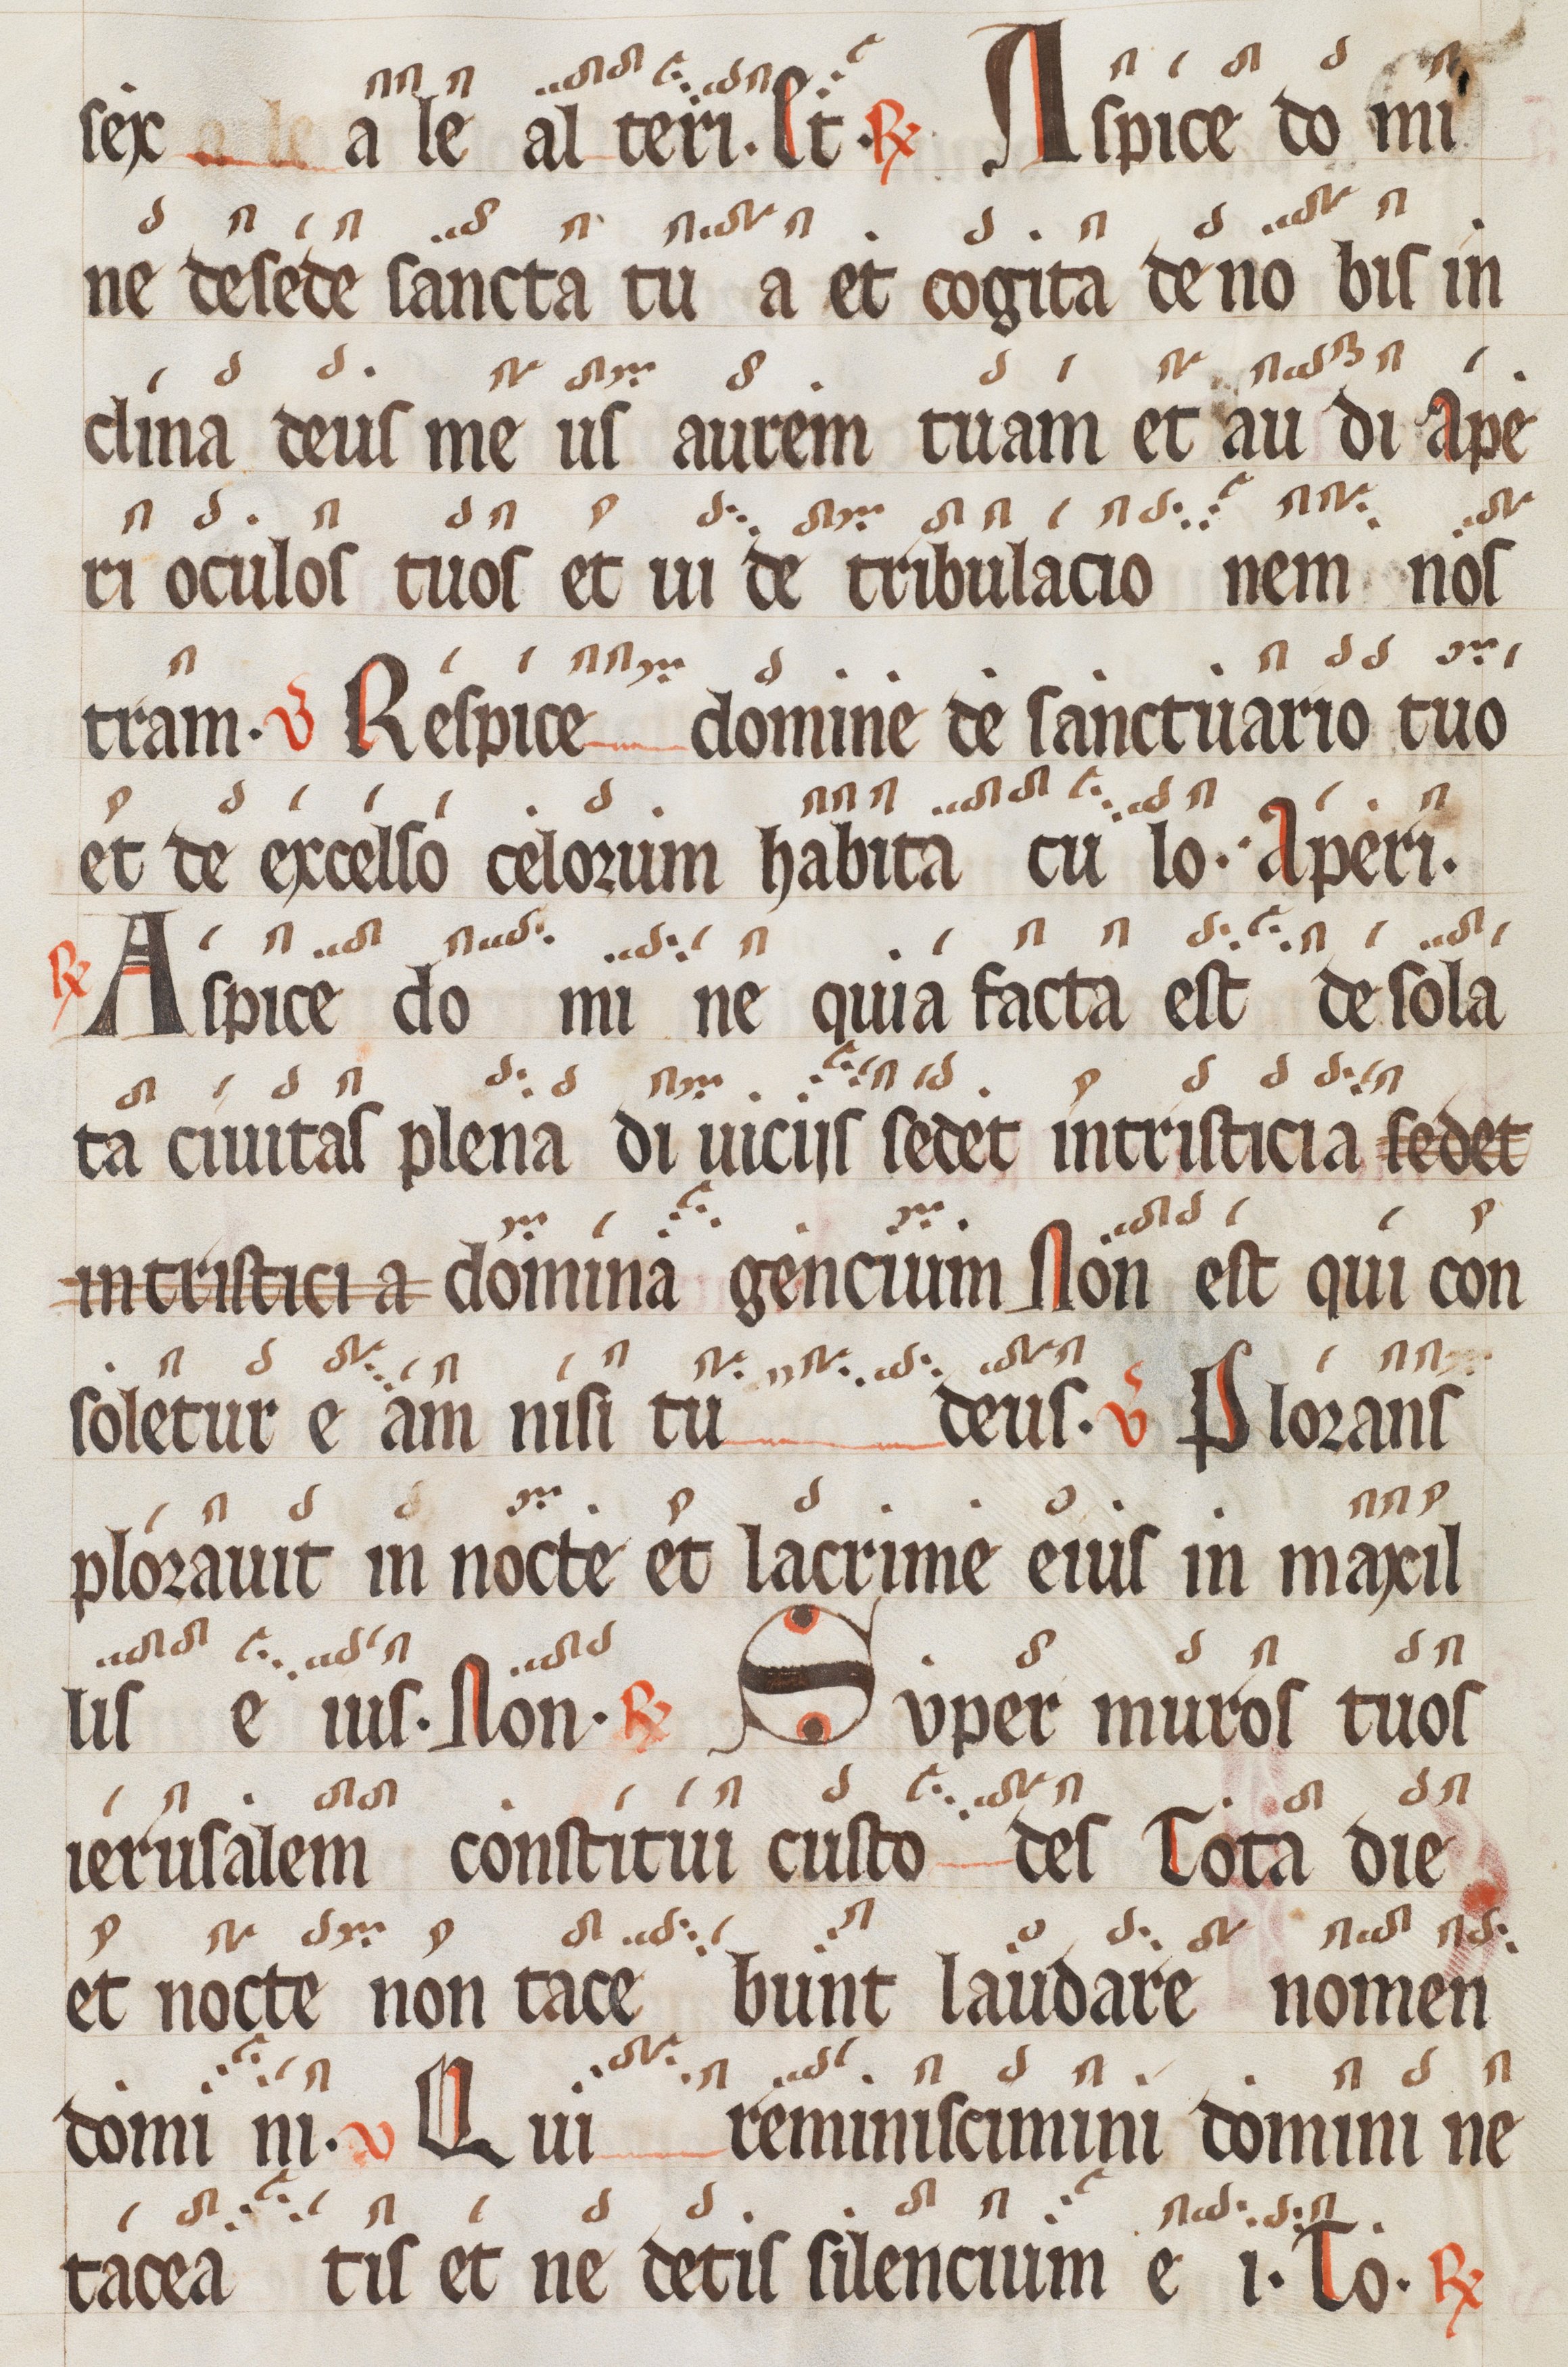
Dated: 1300–1399